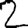
Digit: 2